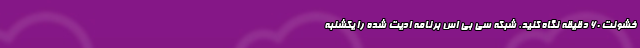
خشونت 60 دقیقه نگاه کنید. شبکه سی بی اس برنامه ادیت شده را یکشنبه